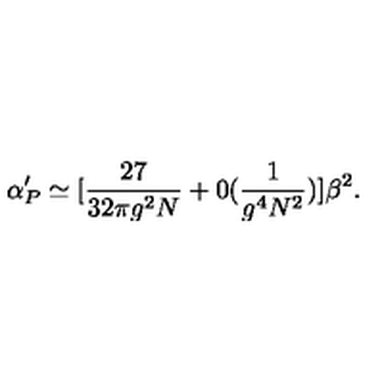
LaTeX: \alpha _ { P } ^ { \prime } \simeq [ { \frac { 2 7 } { 3 2 \pi g ^ { 2 } N } } + 0 ( \frac { 1 } { g ^ { 4 } N ^ { 2 } } ) ] { \beta ^ { 2 } } .